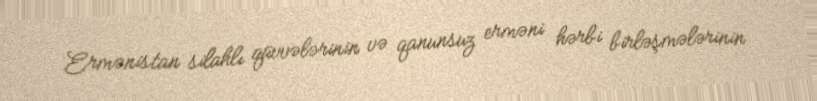
Ermənistan silahlı qüvvələrinin və qanunsuz erməni hərbi birləşmələrinin